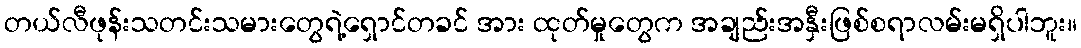
တယ်လီဖုန်းသတင်းသမားတွေရဲ့ရှောင်တခင် အား ထုတ်မှုတွေက အချည်းအနှီးဖြစ်စရာလမ်းမရှိပါဘူး။